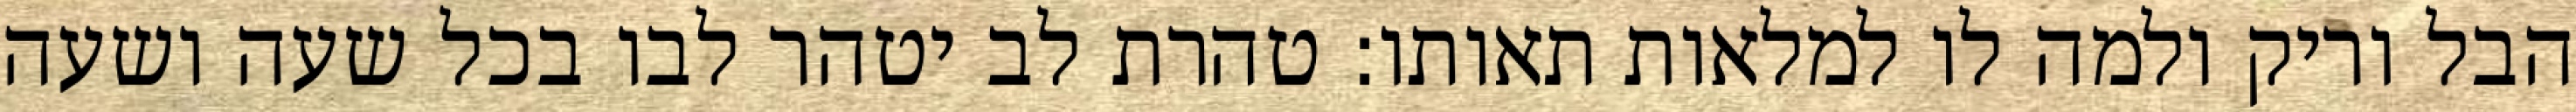
הבל וריק ולמה לו למלאות תאותו: טהרת לב יטהר לבו בכל שעה ושעה